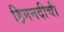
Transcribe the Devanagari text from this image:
हिमनदीची